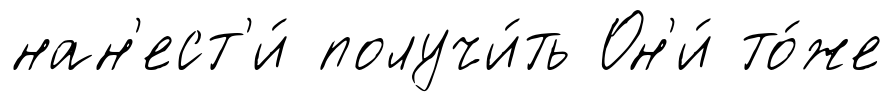
нан'ест'и́ получи́ть Он'и́ то́же